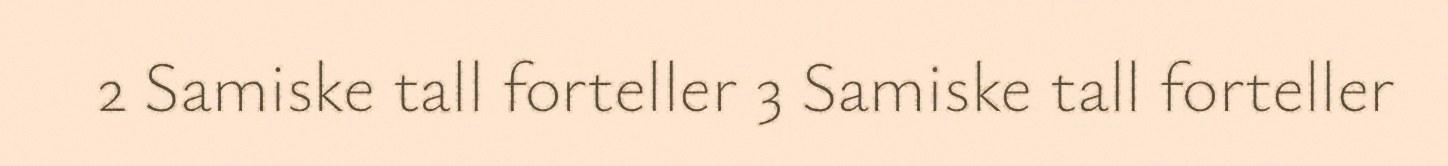
2 Samiske tall forteller 3 Samiske tall forteller